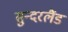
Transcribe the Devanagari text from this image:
सुन्दरलैंड